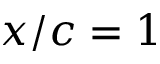
x / c = 1